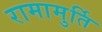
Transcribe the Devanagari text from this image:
रामामुर्ति